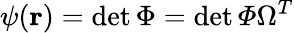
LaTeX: \psi({\mathbf{r}})=\operatorname*{det}\Phi=\operatorname*{det}\varPhi\Omega^{T}